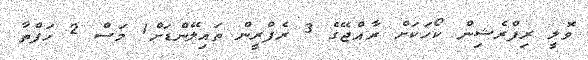
ވޮލީ ރިފްރެޝިން ކޯހަކަށް ރާއްޖޭގެ 3 ރެފްރީން ތައިލޭންޑަށް1 މަސް 2 ހަފްތާ